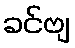
ခင်ဗျ